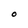
Character: O